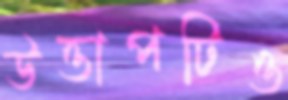
উত্তাপটিও